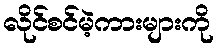
လိုင်စင်မဲ့ကားများကို